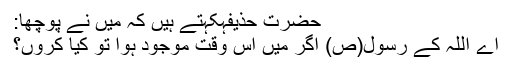
حضرت حذیفہکہتے ہیں کہ میں نے پوچھا:
اے اللہ کے رسول(ص) اگر میں اس وقت موجود ہوا تو کیا کروں؟